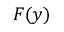
F ( y )